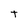
Character: t